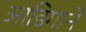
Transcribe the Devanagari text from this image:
आडिगाने